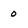
Character: 0